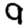
Digit: 9